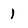
Character: l